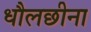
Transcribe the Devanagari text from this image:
धौलछीना